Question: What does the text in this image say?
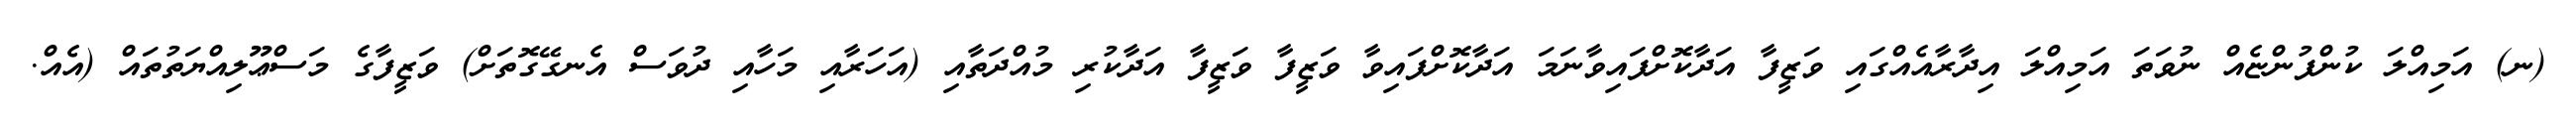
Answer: (ނ) އަމިއްލަ ކުންފުންޏެއް ނުވަތަ އަމިއްލަ އިދާރާއެއްގައި ވަޒީފާ އަދާކޮށްފައިވާނަމަ އަދާކޮށްފައިވާ ވަޒީފާ ވަޒީފާ އަދާކުރި މުއްދަތާއި (އަހަރާއި މަހާއި ދުވަސް އެނގޭގޮތަށް) ވަޒީފާގެ މަސްޢޫލިއްޔަތުތައް (އެއް.